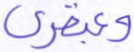
وعبقري